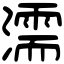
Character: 濡